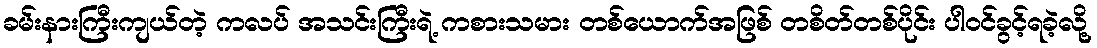
ခမ်းနားကြီးကျယ်တဲ့ ကလပ် အသင်းကြီးရဲ့ ကစားသမား တစ်ယောက်အဖြစ် တစိတ်တစ်ပိုင်း ပါဝင်ခွင့်ရခဲ့လို့